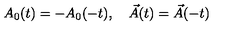
A _ { 0 } ( t ) = - A _ { 0 } ( - t ) , \quad \vec { A } ( t ) = \vec { A } ( - t )